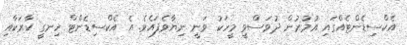
އެކްސިޑެންޓެއްގައި އުމުރުން ދުވަސްވީ މީހަކު ވަނީ ނިޔާވެފައެވެ. އެ އެކްސިޑެންޓް ހިނގީ ކާރަކާއި